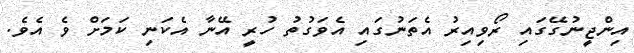
އިންޖީނުގޭގައި ރޯވިއިރު އެތަނުގައި އެވަގުތު ހުރީ އޭނާ އެކަނި ކަމަށް ވެ އެވެ.